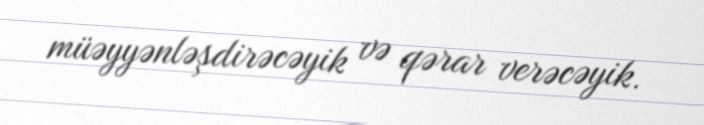
müəyyənləşdirəcəyik və qərar verəcəyik.